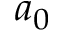
a _ { 0 }